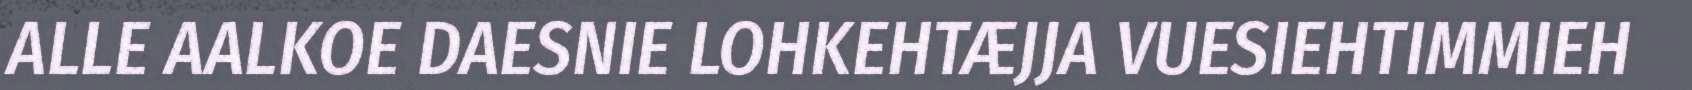
ALLE AALKOE DAESNIE LOHKEHTÆJJA VUESIEHTIMMIEH